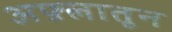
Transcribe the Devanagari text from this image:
अफ़्लातून